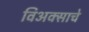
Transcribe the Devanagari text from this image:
विअक्साचे